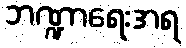
ဘဏ္ဍာရေးအရ